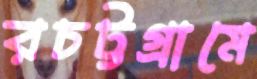
রচট্টগ্রামে